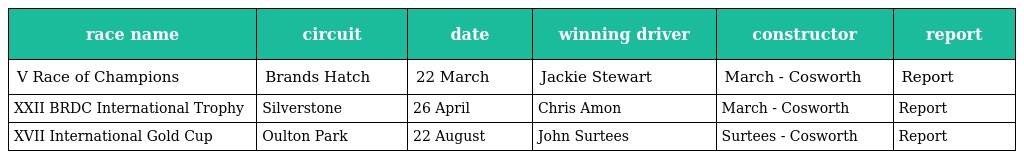
| race name | circuit | date | winning driver | constructor | report |
 | --- | --- | --- | --- | --- | --- |
 | V Race of Champions | Brands Hatch | 22 March | Jackie Stewart | March - Cosworth | Report |
 | XXII BRDC International Trophy | Silverstone | 26 April | Chris Amon | March - Cosworth | Report |
 | XVII International Gold Cup | Oulton Park | 22 August | John Surtees | Surtees - Cosworth | Report |